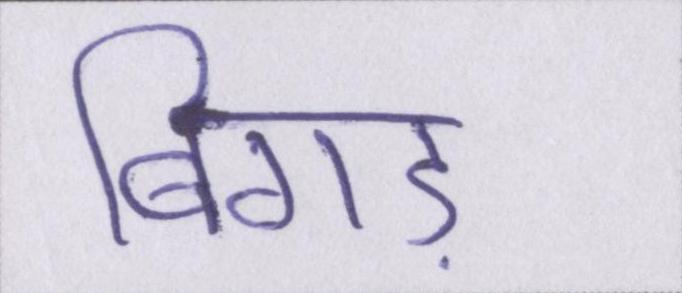
बिगड़